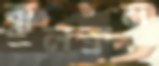
কুলক্রম